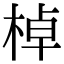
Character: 棹